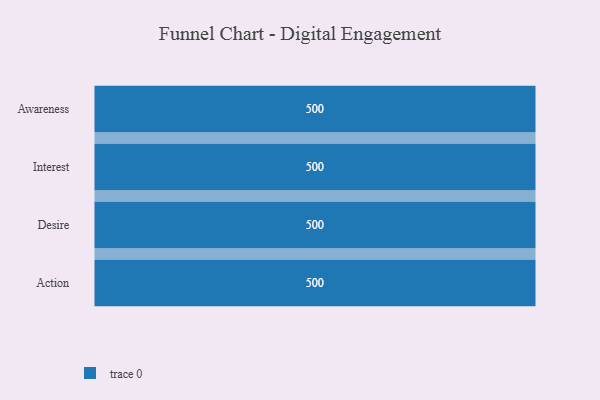
{"axis": {"x": "Stage", "y": "Value"}, "legend": [""], "data": [{"x": "Awareness", "y": 500, "type": ""}, {"x": "Interest", "y": 500, "type": ""}, {"x": "Desire", "y": 500, "type": ""}, {"x": "Action", "y": 500, "type": ""}]}